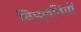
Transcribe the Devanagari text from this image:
विप्लवियों